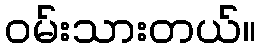
ဝမ်းသားတယ်။